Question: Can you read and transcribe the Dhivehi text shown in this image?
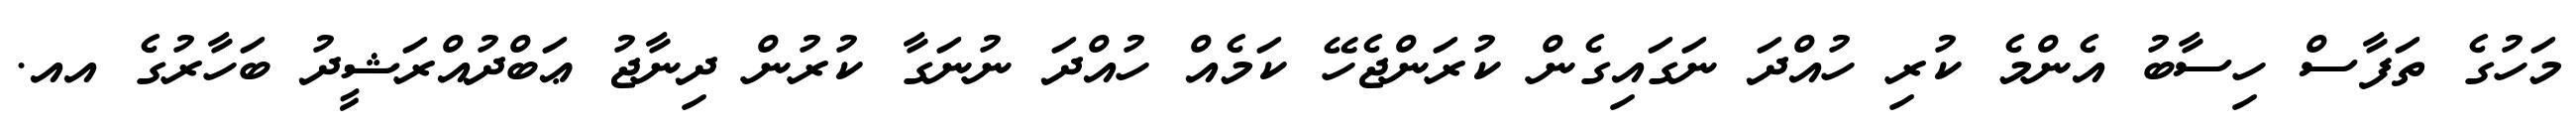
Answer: މަހުގެ ތަފާސް ހިސާބު އެންމެ ކުރި ހުއްދަ ނަގައިގެން ކުރަންޖެހޭ ކަމެއް ހުއްދަ ނުނަގާ ކުރުން ދިނާޖު ޢަބްދުއްރަޝީދު ބަހާރުގެ އއ.